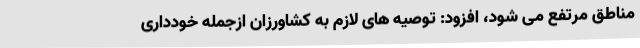
مناطق مرتفع می شود، افزود: توصیه های لازم به کشاورزان ازجمله خودداری